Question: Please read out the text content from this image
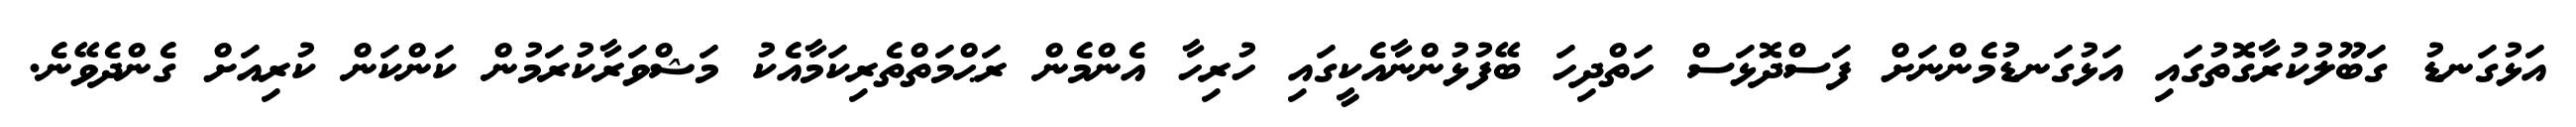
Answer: އަޅުގަނޑު ގަބޫލުކުރާގޮތުގައި އަޅުގަނޑުމެންނަށް ފަސްދޮޅަސް ހަތްދިހަ ބޭފުޅުންނާއެކީގައި ހުރިހާ އެންމެން ރަޙްމަތްތެރިކަމާއެކު މަޝްވަރާކުރަމުން ކަންކަން ކުރިއަށް ގެންދެވޭނެ.